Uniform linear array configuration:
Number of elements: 32
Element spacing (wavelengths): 1
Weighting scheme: uniform
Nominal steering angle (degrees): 15
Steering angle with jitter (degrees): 13.985
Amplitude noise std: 0.05
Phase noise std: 0.05

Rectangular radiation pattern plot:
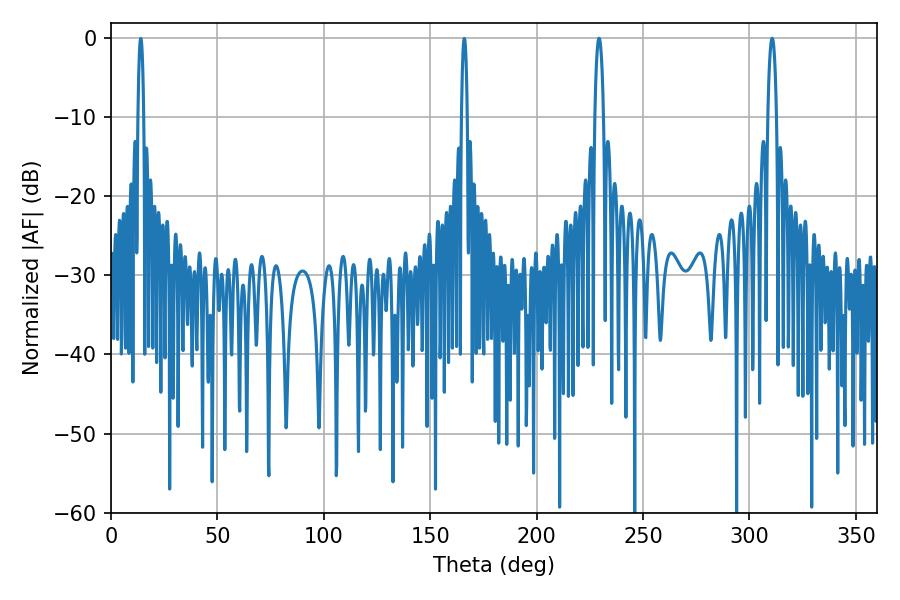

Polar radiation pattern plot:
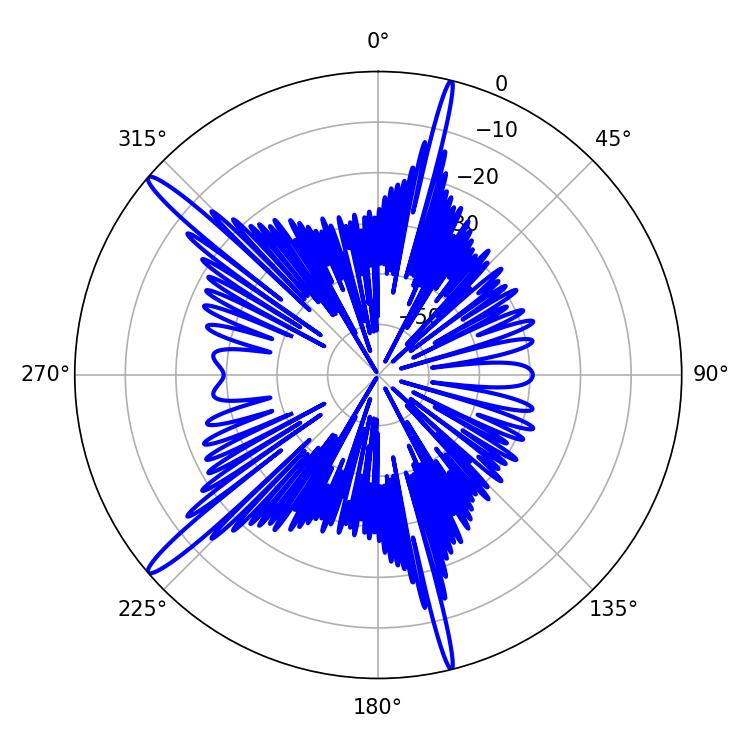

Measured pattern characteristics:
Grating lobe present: TRUE
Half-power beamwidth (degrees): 2.16
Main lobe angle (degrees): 229.32